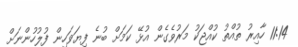
11:14 ހާއިރު ތުއްތު ކުއްޖަކު މަރުވެގެން އުޅޭ ކަމަށް ބުނެ ފިޔަވަހިން ފުލުހުންނަށް